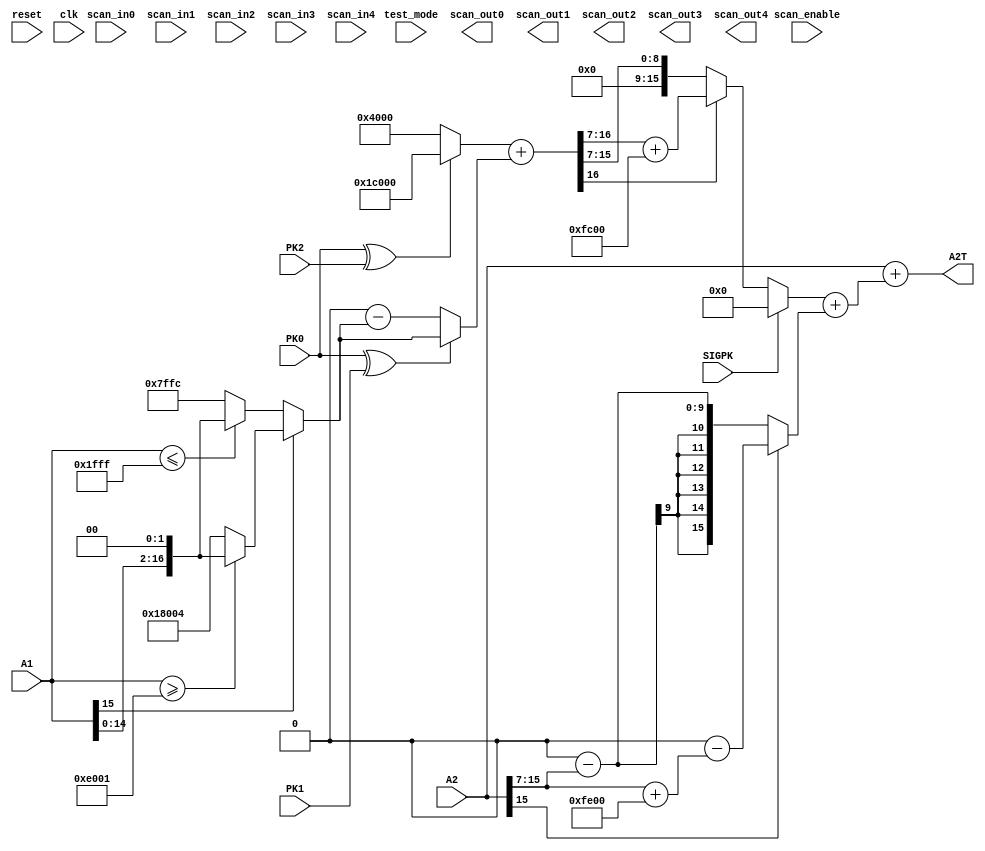
module UPA2 (
input               reset,          
input               clk,            
input               test_mode,      
input               scan_enable,    
input               scan_in0,      
input               scan_in1,       
input               scan_in2,      
input               scan_in3,      
input               scan_in4,       
output              scan_out0,      
output              scan_out1,      
output              scan_out2,      
output              scan_out3,      
output              scan_out4,      

//IO
input          PK0,            
input          PK1,            
input          PK2,           
input [15:0]   A1,                
input [15:0]   A2,                
input          SIGPK,            
output [15:0]  A2T                
       );
//Internal Signals      
wire        PKS1;
wire        PKS2;
wire [16:0] UGA2A;
wire        A1S;
reg  [16:0] FA1;
wire [16:0] FA;
wire [16:0] UGA2B;
wire        UGA2S;
wire [15:0] UGA2;
wire        A2S;
wire [15:0] ULA2;
wire [15:0] UA2;
wire [15:0] a;
 
//1 bit exclusive or
assign PKS1 = PK0 ^ PK1;

//1 bit exclusive or
assign PKS2 = PK0 ^ PK2; 

assign UGA2A = PKS2 ? 114688 : 16384;


assign A1S = A1[15]; // sign of Aaa1

always @(A1,A1S) begin
	if (!A1S)
		FA1 <= (A1<=8191)?{A1[14:0], 2'b00}:(32764);
	else
		FA1 <= (A1>=57345)? {A1[14:0], 2'b00}: (98308);
end//always block

assign FA= PKS1 ? FA1 : (131072-FA1);

assign UGA2B =(UGA2A+FA);

assign UGA2S =UGA2B[16];

assign a = UGA2S ? {6'b000000, UGA2B[16:7]}+64512 : {6'b000000, UGA2B[16:7]} ;

assign UGA2 = SIGPK ? 0 : a ;         

assign A2S=A2[15];//sign of A2

assign ULA2= A2S ? (65536-({7'b0000000,A2[15:7]}+65024)) : (65536-{7'b0000000,A2[15:7]});

//Final Assignments
assign UA2 =(UGA2+ULA2);

assign A2T = (A2 + UA2);

endmodule